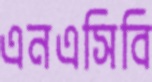
এনএসিবি